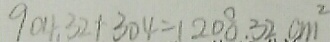
9 0 4 . 3 2 + 3 0 4 = 1 2 0 8 . 3 2 c m ^ { 2 }